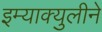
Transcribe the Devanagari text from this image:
इम्‍याक्‍युलीने